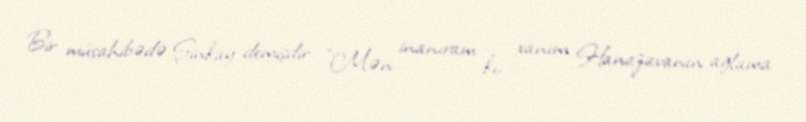
Bir müsahibədə Şinkay demişdir: "Mən inanıram ki, xanım Hanazavanın ağlama